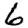
Digit: 6